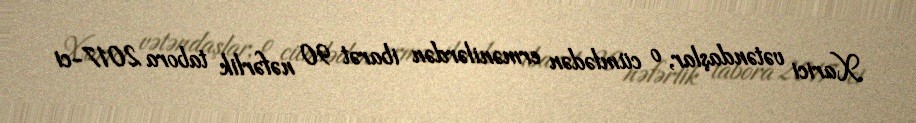
Xarici vətəndaşlar, o cümlədən ermənilərdən ibarət 90 nəfərlik tabora 2017-ci